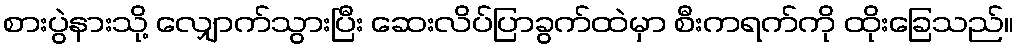
စားပွဲနားသို့ လျှောက်သွားပြီး ဆေးလိပ်ပြာခွက်ထဲမှာ စီးကရက်ကို ထိုးခြေသည်။